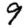
Digit: 9